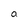
Character: a